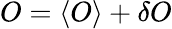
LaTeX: O=\langle O\rangle+\delta O